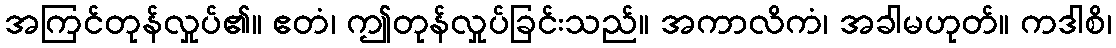
အကြင်တုန်လှုပ်၏။ ဧတံ၊ ဤတုန်လှုပ်ခြင်းသည်။ အကာလိကံ၊ အခါမဟုတ်။ ကဒါစိ၊